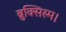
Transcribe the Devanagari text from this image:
ब्रुक्सिस्म।